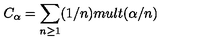
C _ { \alpha } = \sum _ { n \geq 1 } ( 1 / n ) m u l t ( \alpha / n )